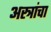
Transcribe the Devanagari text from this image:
अस्त्रांचा